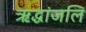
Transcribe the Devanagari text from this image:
ऋद्धांजलि